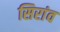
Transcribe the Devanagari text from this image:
सिरांव